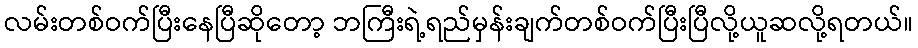
လမ်းတစ်ဝက်ပြီးနေပြီဆိုတော့ ဘကြီးရဲ့ရည်မှန်းချက်တစ်ဝက်ပြီးပြီလို့ယူဆလို့ရတယ်။